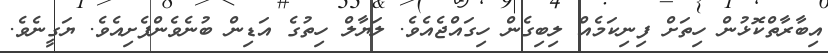
އިބާރާތްކޮޅުން ހިތަށް ފިނިކަމެއް ލިބިގެން ހިގައްޖެއެވެ. ލަޔާލް ހިތުގެ އަޑިން ބުނެވެންފެށިއެވެ. ޔަގީނެވެ.